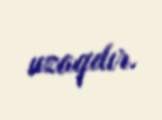
uzaqdır.